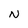
Character: W